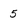
Character: 5